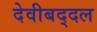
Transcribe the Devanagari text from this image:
देवीबद्दल